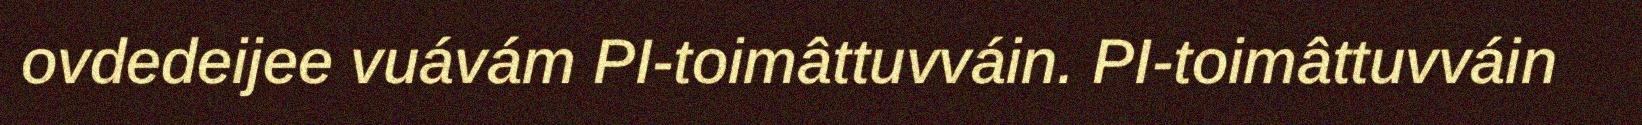
ovdedeijee vuávám PI-toimâttuvváin. PI-toimâttuvváin